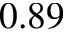
0 . 8 9